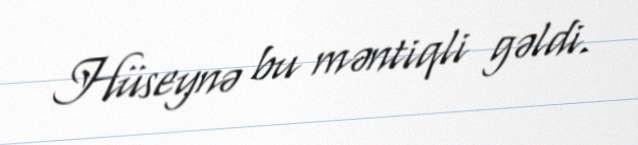
Hüseynə bu məntiqli gəldi.